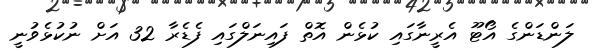
ލަންޑަންގެ އޯޓޫ އެރީނާގައި ކުޅެން އޮތް ފައިނަލްގައި ފެޑެރާ 32 އަށް ނުކުޅެވުނީ